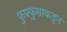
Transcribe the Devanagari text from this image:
फुफ्फुसाकडुन